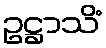
ဥဋ္ဌာသိံ